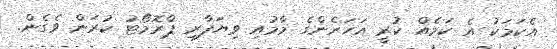
އެކަމަކު އެ ކަމެއް ކުރީ އަހަރެންގެ މާމުއި ވިޔަފާރި ޕްރޮމޯޓު ކުރަން ވެގެން.